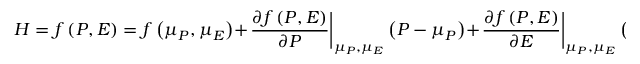
H = f \left( P , E \right) = f \left( \mu _ { P } , \mu _ { E } \right) + \left. \frac { \partial f \left( P , E \right) } { \partial P } \right| _ { \mu _ { P } , \mu _ { E } } \left( P - \mu _ { P } \right) + \left. \frac { \partial f \left( P , E \right) } { \partial E } \right| _ { \mu _ { P } , \mu _ { E } } \left( E - \mu _ { E } \right)